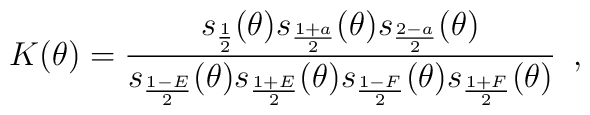
K(\theta)=\frac{s_{\frac{1}{2}}(\theta)s_{\frac{1+a}{2}}(\theta) s_{\frac{2-a}{2}}(\theta)}{s_{\frac{1-E}{2}}(\theta)s_{\frac{1+E}{2}}(\theta) s_{\frac{1-F}{2}}(\theta)s_{\frac{1+F}{2}}(\theta)}\,\,\,,